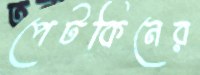
পেটকিনের